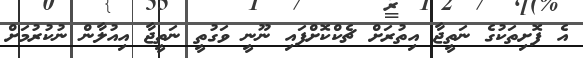
އެ ފޮށިތަކުގެ ނަތީޖާ އިތުރަށް ޗެކްކޮށްފައި ނޫނީ ވަގުތީ ނަތީޖާ އިއުލާން ނުކުރުމަށް